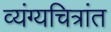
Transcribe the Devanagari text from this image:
व्यंग्यचित्रांत